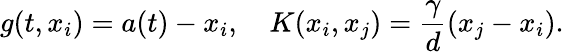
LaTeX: g(t,x_{i})=a(t)-x_{i},\quad K(x_{i},x_{j})=\frac{\gamma}{d}(x_{j}-x_{i}).